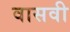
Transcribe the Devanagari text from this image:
वासवी